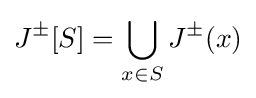
J^{\pm }[S]=\bigcup _{x\in S}J^{\pm }(x)